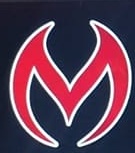
M